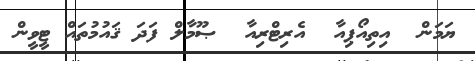
ޔަމަން  އިތިއޯޕިއާ  އެރިޓްރިއާ  ޞޫމާލް ފަދަ ޤައުމުތައް ޓީވީން